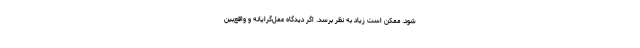
شود. ممکن است زیاد به نظر برسد. اگر دیدگاه عمل‌گرایانه و واقع‌بین